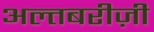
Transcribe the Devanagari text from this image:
अल्तबरीज़ी